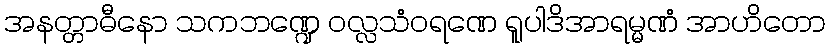
အနတ္တာဓီနော သကဘဏ္ဍေ ဝလ္လသံဝရဏေ ရူပါဒိအာရမ္မဏံ အာဟိတော